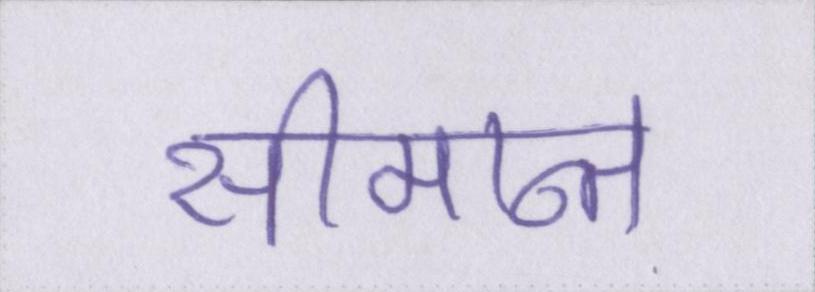
सीमान्त